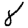
Digit: 8